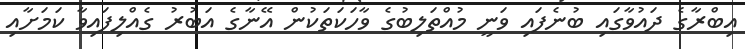
އިބްރާގެ ދައުވާގައި ބުނެފައި ވަނީ މުއްތަލިބުގެ ވާހަކަތަކުން އޭނާގެ އަބުރު ގެއްލިފައިވާ ކަމަށާއި